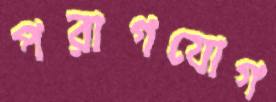
পরাগযোগ